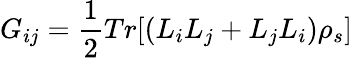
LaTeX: G_{ij}=\frac{1}{2}Tr[(L_{i}L_{j}+L_{j}L_{i})\rho_{s}]